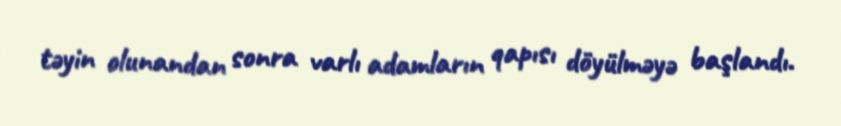
təyin olunandan sonra varlı adamların qapısı döyülməyə başlandı.